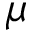
\mu